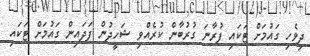
ދިވެހި ގައުމަށް ޓަކައި ފުރާނަ ގުރުބާން ކުރެއްވި ޝަހީދުން ފަދައިން ގައުމަށް ޓަކައި